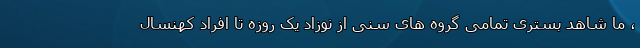
، ما شاهد بستری تمامی گروه های سنی از نوزاد یک روزه تا افراد کهنسال